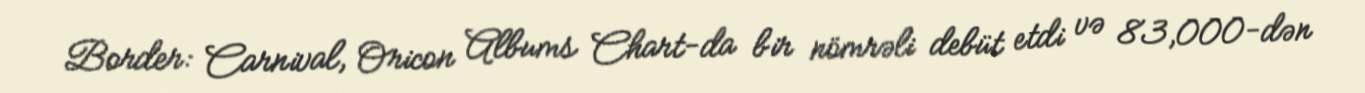
Border: Carnival, Oricon Albums Chart-da bir nömrəli debüt etdi və 83,000-dən